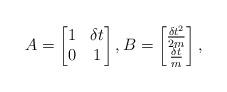
LaTeX: \begin{align*}A = \begin{bmatrix} 1 & \delta t \\ 0 & 1 \end{bmatrix},B = \begin{bmatrix}\frac{\delta t^2}{2m} \\\frac{\delta t}{m} \end{bmatrix}, \end{align*}